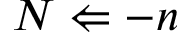
N \Leftarrow - n